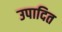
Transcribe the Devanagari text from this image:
उपादित